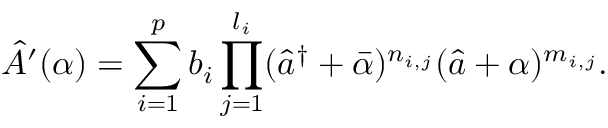
\hat { A } ^ { \prime } ( \alpha ) = \sum _ { i = 1 } ^ { p } b _ { i } \prod _ { j = 1 } ^ { l _ { i } } ( \hat { a } ^ { \dag } + \bar { \alpha } ) ^ { n _ { i , j } } ( \hat { a } + { \alpha } ) ^ { m _ { i , j } } .